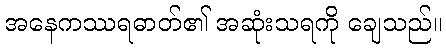
အနေကဿရဓာတ်၏ အဆုံးသရကို ချေသည်။